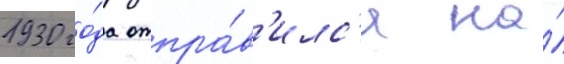
1930 го́да отпра́в'илс'я на́